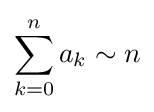
\sum _{k=0}^{n}a_{k}\sim n